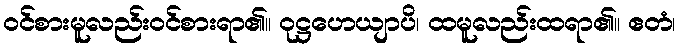
ဝင်စားမူလည်းဝင်စားရာ၏။ ဝုဋ္ဌဟေယျာပိ၊ ထမူလည်းထရာ၏။ ဧတံ၊